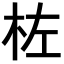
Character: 𪱺